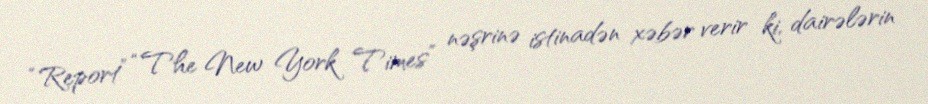
“Report” “The New York Times” nəşrinə istinadən xəbər verir ki, dairələrin